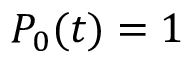
P _ { 0 } ( t ) = 1